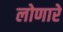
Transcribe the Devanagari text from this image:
लोणारे